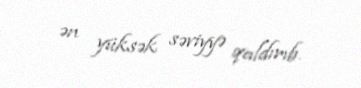
ən yüksək səviyyə qaldırıb.